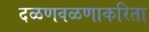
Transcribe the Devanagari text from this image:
दळणवळणाकरिता